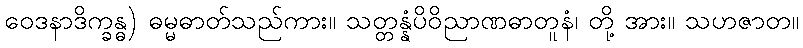
ဝေဒနာဒိက္ခန္ဓ) ဓမ္မဓာတ်သည်ကား။ သတ္တန္နံပိဝိညာဏဓာတူနံ၊ တို့ အား။ သဟဇာတ။